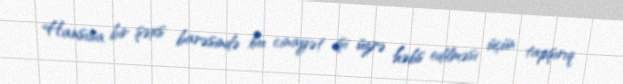
Hansısa bir şəxs barəsində bu cinayət işi üzrə həbs edilməsi üçün tapşırıq